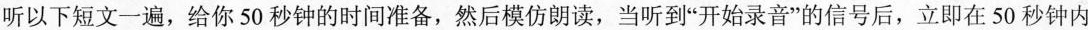
听以下短文一遍,给你50秒钟的时间准备,然后模仿朗读,当听到"开始录音"的信号后,立即在50秒钟内